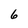
Character: 6